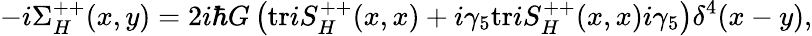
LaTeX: -i\Sigma_{H}^{++}(x,y)=2i\hbar G\left(\mathrm{tr}iS_{H}^{++}(x,x)+i\gamma_{5}\mathrm{tr}iS_{H}^{++}(x,x)i\gamma_{5}\right)\delta^{4}(x-y),